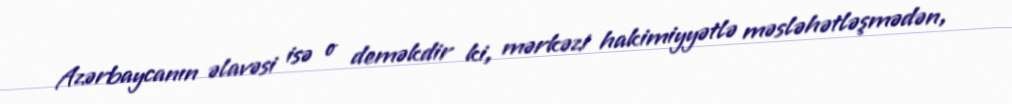
Azərbaycanın əlavəsi isə o deməkdir ki, mərkəzi hakimiyyətlə məsləhətləşmədən,